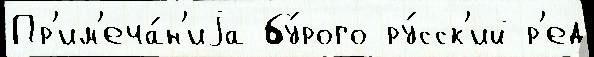
Пр'им'еча́н'иjа бу́рого ру́сск'ий р'ед